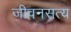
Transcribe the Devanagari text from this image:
जीवनसत्य